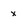
Character: x